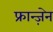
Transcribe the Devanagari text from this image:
फ्रान्ज़ेन